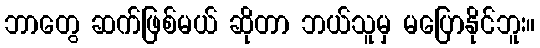
ဘာတွေ ဆက်ဖြစ်မယ် ဆိုတာ ဘယ်သူမှ မပြောနိုင်ဘူး။